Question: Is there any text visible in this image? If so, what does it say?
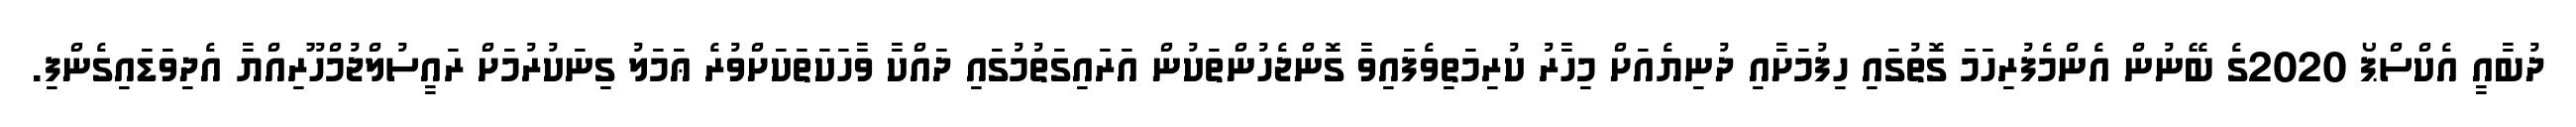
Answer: ދުބާއީ އެކްސްޕޯ 2020ގެ ބޭނުން އެންމެފުރިހަމަ ގޮތުގައި ހިފުމަށާއި ދުނިޔެއަށް މިހާރު ކުރިމަތިވެފައިވާ ގޮންޖެހުންތަކުން އަރައިގަތުމުގައި ދައްކާ ވާހަކަތަކަށްވުރެ ޢަމަލު ގިނަކުރުމަށް ރައީސުލްޖުމްހޫރިއްޔާ އެދިވަޑައިގެންފި.